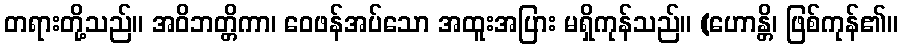
တရားတို့သည်။ အဝိဘတ္တိကာ၊ ဝေဖန်အပ်သော အထူးအပြား မရှိကုန်သည်။ (ဟောန္တိ၊ ဖြစ်ကုန်၏။